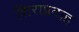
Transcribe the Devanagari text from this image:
शिराप्रदाह